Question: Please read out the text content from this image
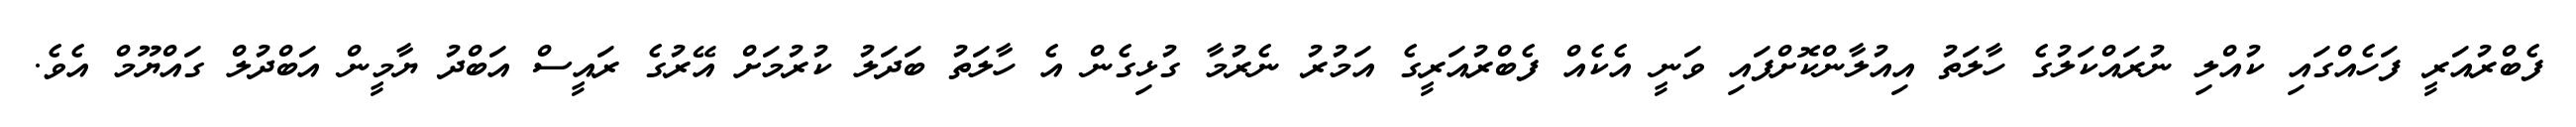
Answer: ފެބްރުއަރީ ފަހެއްގައި ކުއްލި ނުރައްކަލުގެ ހާލަތު އިއުލާންކޮށްފައި ވަނީ އެކެއް ފެބްރުއަރީގެ އަމުރު ނެރުމާ ގުޅިގެން އެ ހާލަތު ބަދަލު ކުރުމަށް އޭރުގެ ރައީސް އަބްދު ޔާމީން އަބްދުލް ގައްޔޫމް އެވެ.